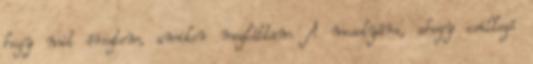
hogy mit éreztem, amikor megláttam. A mosolyára, ahogy csillogó